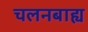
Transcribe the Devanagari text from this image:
चलनबाह्य